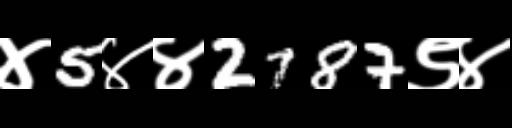
Text: ४5४४2787९४